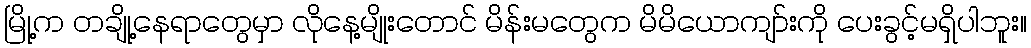
မြို့က တချို့နေရာတွေမှာ လိုနေ့မျိုးတောင် မိန်းမတွေက မိမိယောကျာ်းကို ပေးခွင့်မရှိပါဘူး။